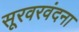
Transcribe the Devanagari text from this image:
सूरवरवंदना